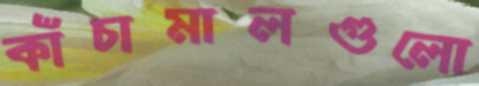
কাঁচামালগুলো